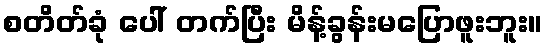
စတိတ်ခုံ ပေါ် တက်ပြီး မိန့်ခွန်းမပြောဖူးဘူး။